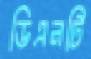
ডিএনটি